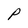
Character: P